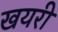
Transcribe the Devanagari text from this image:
खयरी